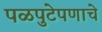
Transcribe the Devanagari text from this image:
पळपुटेपणाचे